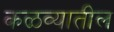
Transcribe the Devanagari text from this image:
कळव्यातील